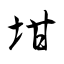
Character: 坩